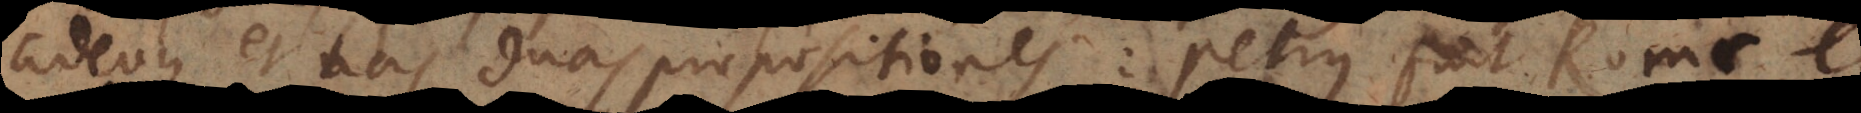
adeoque et has duas propositiones: Petrus fuit Romae e